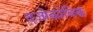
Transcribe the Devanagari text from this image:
दजोकोविक